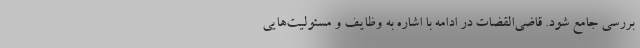
بررسی جامع شود. قاضی‌القضات در ادامه با اشاره به وظایف و مسئولیت‌هایی